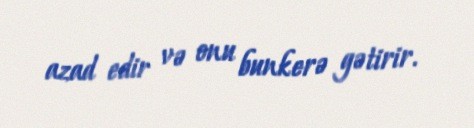
azad edir və onu bunkerə gətirir.